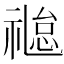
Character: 𬓐